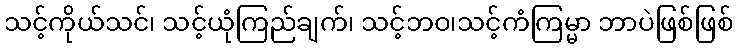
သင့်ကိုယ်သင်၊ သင့်ယုံကြည်ချက်၊ သင့်ဘဝ၊သင့်ကံကြမ္မာ ဘာပဲဖြစ်ဖြစ်